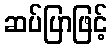
ဆပ်ပြာဖြင့်